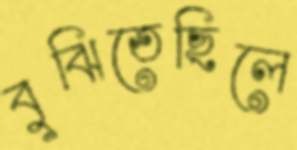
বুঝিতেছিলে